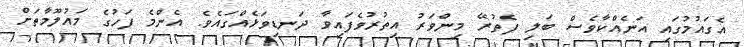
އެގައުމުގައި އަނެއްކާވެސް ބަލި ފެތުރޭ މިންވަރު އިތުރުވެފައިވާ ދަނޑިވަޅެއްގައެވެ. އެންމެ ފަހުގެ މައުލޫމާތަށް